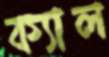
ক্যাল